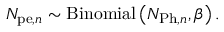
N _ { \mathrm { p e } , n } \sim \mathrm { B i n o m i a l } \left( N _ { \mathrm { P h } , n } , \beta \right) .